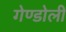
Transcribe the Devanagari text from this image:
गेण्डोली